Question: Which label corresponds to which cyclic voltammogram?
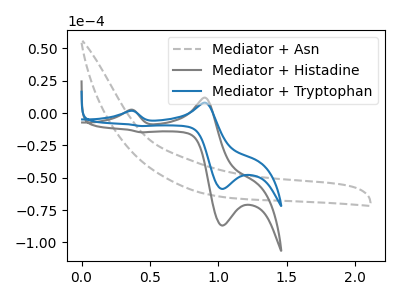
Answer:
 <answer>The gray dashed curve is labeled "Mediator + Asn". The gray curve is labeled "Mediator + Histadine". The blue curve is labeled "Mediator + Tryptophan".</answer>
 <eval></eval>